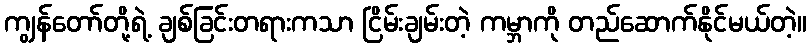
ကျွန်တော်တို့ရဲ့ ချစ်ခြင်းတရားကသာ ငြိမ်းချမ်းတဲ့ ကမ္ဘာကို တည်ဆောက်နိုင်မယ်တဲ့။